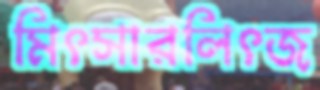
মিৎসারলিৎজ